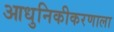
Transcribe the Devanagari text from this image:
आधुनिकीकरणाला